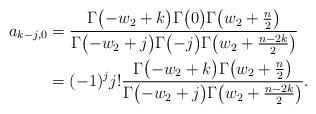
LaTeX: \begin{align*} a_{k-j,0} & = \frac{\Gamma\bigl(-w_2+k\bigr)\Gamma\bigl(0\bigr)\Gamma\bigl(w_2+\frac{n}{2}\bigr)}{\Gamma\bigl(-w_2+j\bigr)\Gamma\bigl(-j\bigr)\Gamma\bigl(w_2+\frac{n-2k}{2}\bigr)} \\ & = (-1)^jj!\frac{\Gamma\bigl(-w_2+k\bigr)\Gamma\bigl(w_2+\frac{n}{2}\bigr)}{\Gamma\bigl(-w_2+j\bigr)\Gamma\bigl(w_2+\frac{n-2k}{2}\bigr)} . \end{align*}